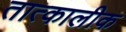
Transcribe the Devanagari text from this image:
तात्‍कालीक